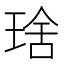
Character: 𤦜